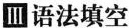
Ⅲ语法填空